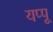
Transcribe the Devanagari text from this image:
यप्पू